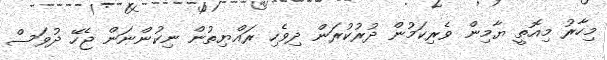
މިހާރު މިއޮތީ ޔާމިން ވެރިކަމުން ދުރުކުރަން ދިވެހި ރައްޔިތުން ނިކުންނަން ޖެހޭ ދުވަސް